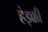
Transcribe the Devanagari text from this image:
हेइक्की